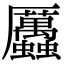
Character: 𧖄